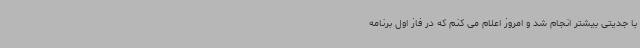
با جدیتی بیشتر انجام شد و امروز اعلام می کنم که در فاز اول برنامه